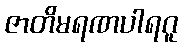
ဇာတိမရဏပါရဂူ